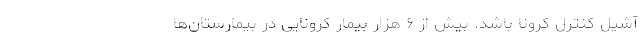
آشیل کنترل کرونا باشد. بیش از ۶ هزار بیمار کرونایی در بیمارستان‌ها